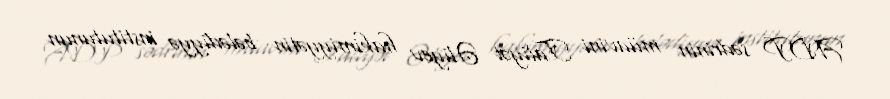
ADP sədrinin müavini Taliyət Əliyev hakimiyyətin bələdiyyə institutunun